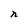
Character: n